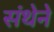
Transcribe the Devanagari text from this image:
संथेने